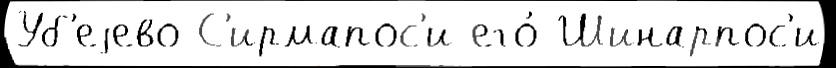
Уб'еjево С'ирмапос'и его́ Шинарпос'и